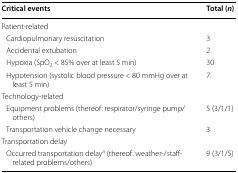
<table><thead><tr><td><b>Critical events</b></td><td><b>Total (<i>n</i>)</b></td></tr></thead><tbody><tr><td>Patient-related</td><td></td></tr><tr><td> Cardiopulmonary resuscitation</td><td>3</td></tr><tr><td> Accidental extubation</td><td>2</td></tr><tr><td> Hypoxia (SpO<sub>2</sub> &lt; 85% over at least 5 min)</td><td>30</td></tr><tr><td> Hypotension (systolic blood pressure &lt; 80 mmHg over at least 5 min)</td><td>7</td></tr><tr><td>Technology-related</td><td></td></tr><tr><td> Equipment problems (thereof: respirator/syringe pump/others)</td><td>5 (3/1/1)</td></tr><tr><td> Transportation vehicle change necessary</td><td>3</td></tr><tr><td>Transportation delay</td><td></td></tr><tr><td> Occurred transportation delay<sup>a</sup> (thereof: weather-/staff-related problems/others)</td><td>9 (3/1/5)</td></tr></tbody></table>